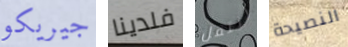
جيريكو فلدينا انتقل النصيحة